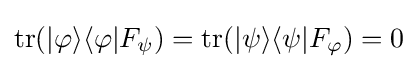
\operatorname {tr} (|\varphi \rangle \langle \varphi |F_{\psi })=\operatorname {tr} (|\psi \rangle \langle \psi |F_{\varphi })=0